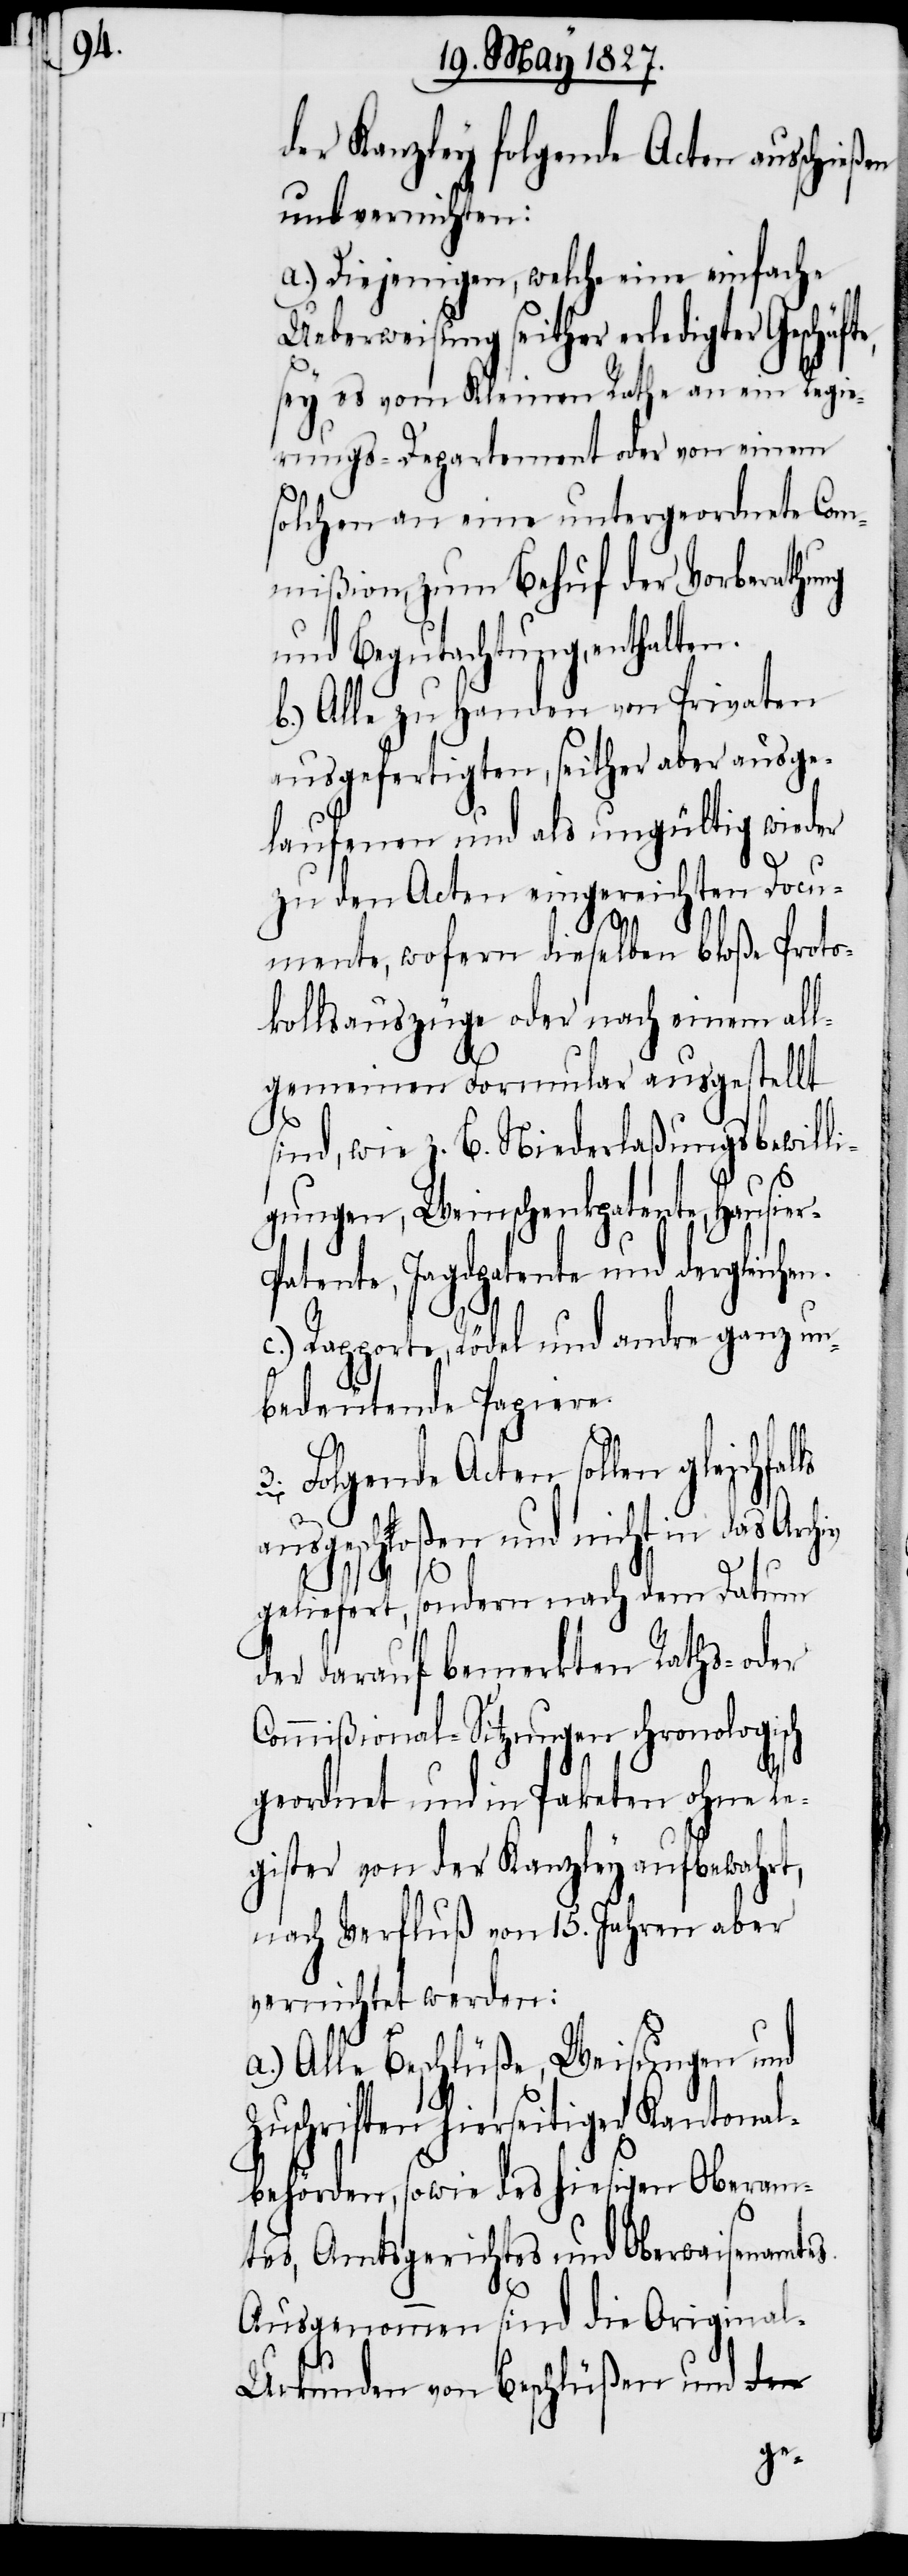
onal¬

der Kanzley folgende Acten ausschieß¬
und vernichten:
a.) Diejenigen, welche eine einfache
Ueberweisung seither erledigter Geschäft¬
sey es vom Kleinen Rathe an ein Regie¬
rungs-Departement oder von einem
solchen an eine untergeordnete Com¬
mißion, zum Behuf der Vorberathung
und Begutachtung, enthalten.
b.) Alle zu Handen von Privaten
ausgefertigten, seither aber ausge¬
laufenen und als ungültig wieder
zu den Acten eingereichten Docu¬
mente, wofern dieselben bloße Proto¬
kollsauszüge oder nach einem all¬
gemeinen Formular ausgestellt
sind, wie z. B. Niederlaßungsbewilli¬
gungen, Weinschenkpatente, Hausie¬
atente, Jagdpatente und dergleichen.
c.) Rapporte, Rödel und andre ganz un¬
bedeutende Papiere.
Folgende Acten sollen gleichfal¬
geliefert, sondern nach dem Datum
der darauf bemerkten Raths- oder
Commißional-Sitzungen chronologisch
geordnet und in Paketen ohne Re¬
gister von der Kanzley aufbewahrt,
nach Verfluß von 15. Jahren aber
vernichtet werden:
Alle Beschlüße, Weisungen und
Zuschriften hierseitiger Kant¬
behörden, sowie des hiesigen Oberam¬
tes, Amtsgerichtes und Oberwaisenamtes.
Ausgenommen sind die Origina¬
l-Urkunden von Beschlüßen und
ls